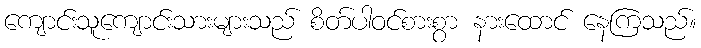
ကျောင်းသူကျောင်းသားများသည် စိတ်ပါဝင်စားစွာ နားထောင် နေကြသည်။